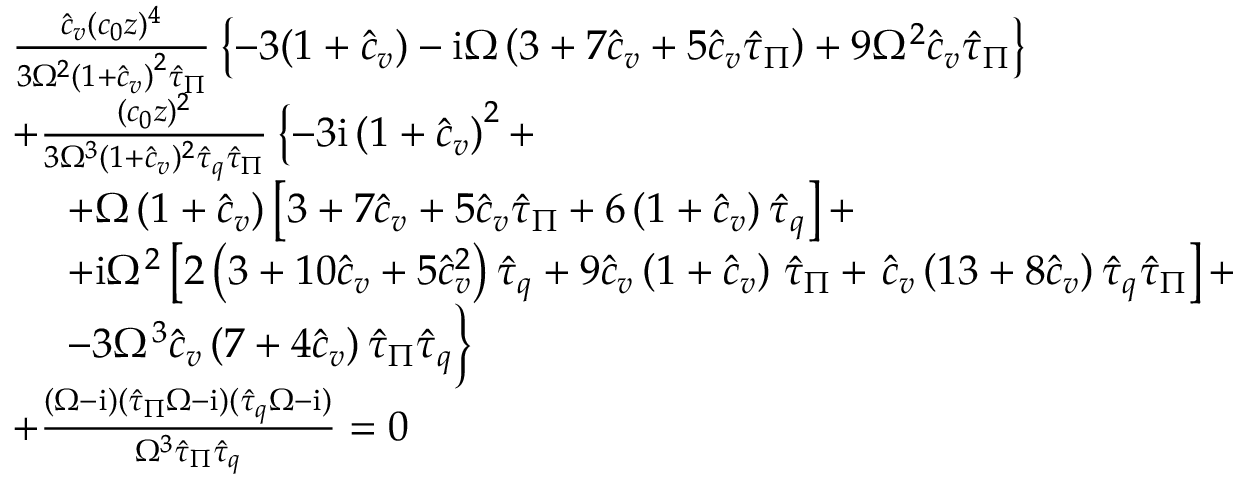
\begin{array} { r l } & { \frac { { \hat { c } _ { v } } ( c _ { 0 } z ) ^ { 4 } } { 3 \Omega ^ { 2 } \left( 1 + { \hat { c } _ { v } } \right) ^ { 2 } \hat { \tau } _ { \Pi } } \left\{ - 3 ( 1 + { \hat { c } _ { v } } ) - \mathrm { i } \Omega \left( 3 + 7 { \hat { c } _ { v } } + 5 { \hat { c } _ { v } } \hat { \tau } _ { \Pi } \right) + 9 \Omega ^ { 2 } { \hat { c } _ { v } } \hat { \tau } _ { \Pi } \right\} } \\ & { + \frac { ( c _ { 0 } z ) ^ { 2 } } { 3 \Omega ^ { 3 } ( 1 + { \hat { c } _ { v } } ) ^ { 2 } \hat { \tau } _ { q } \hat { \tau } _ { \Pi } } \left\{ - 3 \mathrm { i } \left( 1 + { \hat { c } _ { v } } \right) ^ { 2 } + \right. } \\ & { \ \quad + \Omega \left( 1 + { \hat { c } _ { v } } \right) \left[ 3 + 7 { \hat { c } _ { v } } + 5 { \hat { c } _ { v } } \hat { \tau } _ { \Pi } + 6 \left( 1 + { \hat { c } _ { v } } \right) \hat { \tau } _ { q } \right] + } \\ & { \ \quad + \mathrm { i } \Omega ^ { 2 } \left[ 2 \left( 3 + 1 0 { \hat { c } _ { v } } + 5 { \hat { c } _ { v } } ^ { 2 } \right) \hat { \tau } _ { q } + 9 { \hat { c } _ { v } } \left( 1 + { \hat { c } _ { v } } \right) \right. \hat { \tau } _ { \Pi } + \left. { \hat { c } _ { v } } \left( 1 3 + 8 { \hat { c } _ { v } } \right) \hat { \tau } _ { q } \hat { \tau } _ { \Pi } \right] + } \\ & { \ \quad - 3 \Omega ^ { 3 } { \hat { c } _ { v } } \left( 7 + 4 { \hat { c } _ { v } } \right) \hat { \tau } _ { \Pi } \hat { \tau } _ { q } \Big \} } \\ & { + \frac { ( \Omega - \mathrm { i } ) ( \hat { \tau } _ { \Pi } \Omega - \mathrm { i } ) ( \hat { \tau } _ { q } \Omega - \mathrm { i } ) } { \Omega ^ { 3 } \hat { \tau } _ { \Pi } \hat { \tau } _ { q } } = 0 } \end{array}